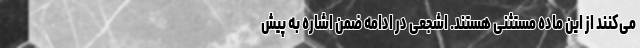
می‌کنند از این ماده مستثنی هستند. اشجعی در ادامه ضمن اشاره به پیش